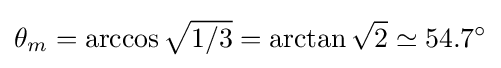
\theta _{m}=\arccos {\sqrt {1/3}}=\arctan {\sqrt {2}}\simeq 54.7^{\circ }